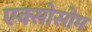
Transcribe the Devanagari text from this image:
एक्सोसोम